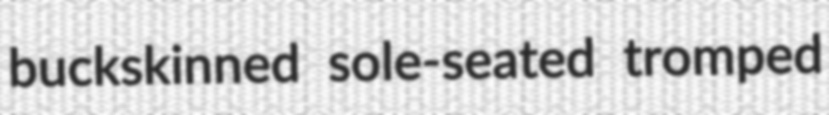
buckskinned sole-seated tromped